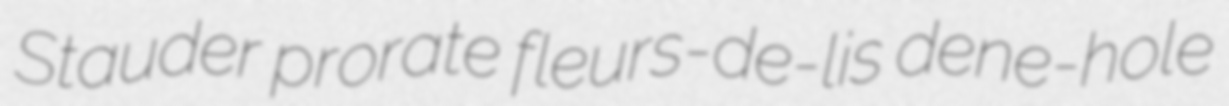
Stauder prorate fleurs-de-lis dene-hole